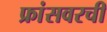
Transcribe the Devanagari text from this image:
फ्रांसवरची